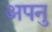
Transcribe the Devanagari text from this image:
अपनु